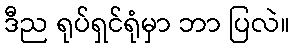
ဒီည ရုပ်ရှင်ရုံမှာ ဘာ ပြလဲ။